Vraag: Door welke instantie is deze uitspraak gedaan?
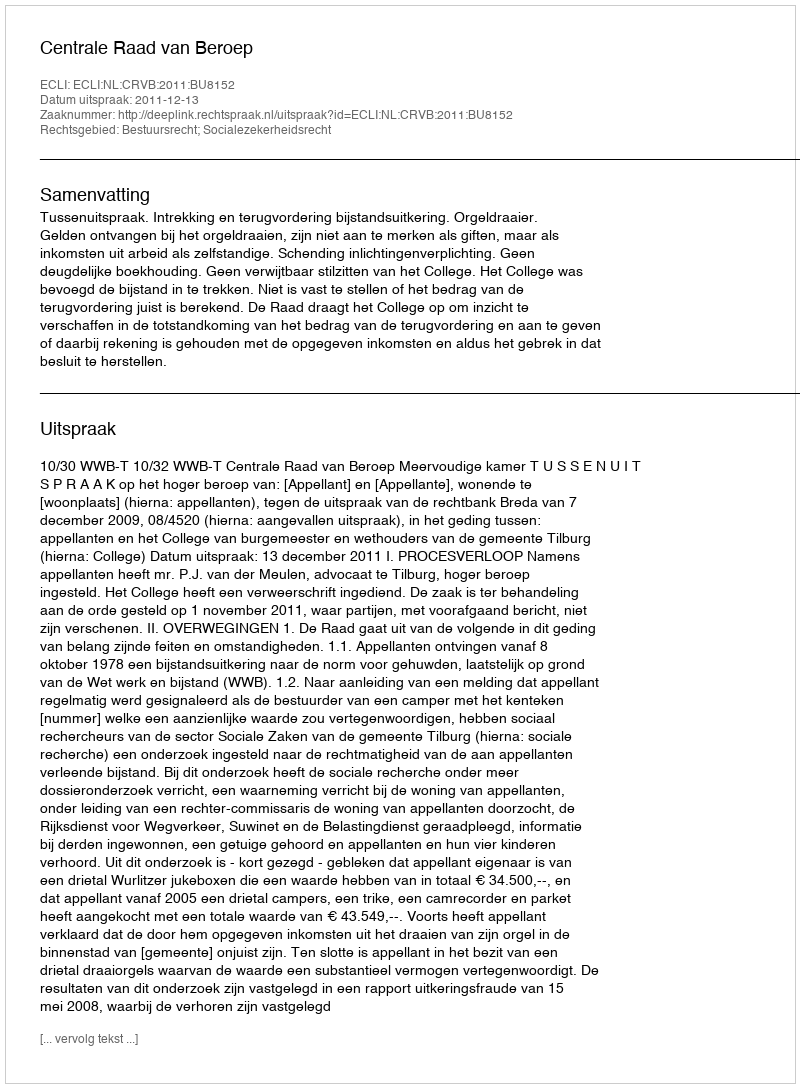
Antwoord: Centrale Raad van Beroep